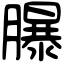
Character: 𦢊